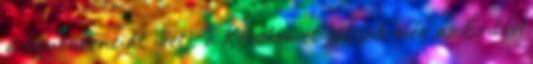
a konkurenciát illeti, a Kecskemét játszik még az Érddel